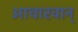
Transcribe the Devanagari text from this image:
आचारवान्